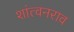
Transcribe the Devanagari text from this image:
शांत्वनराव